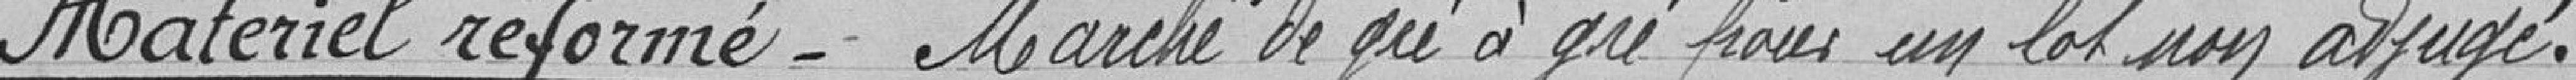
Matériel réforme - Marché de gré à gré pour un lot non adjugé.